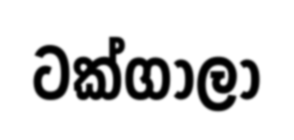
ටක්ගාලා